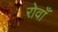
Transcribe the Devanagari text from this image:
रोवाँ